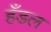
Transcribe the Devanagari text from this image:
हँडल